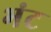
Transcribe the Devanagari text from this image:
भंट